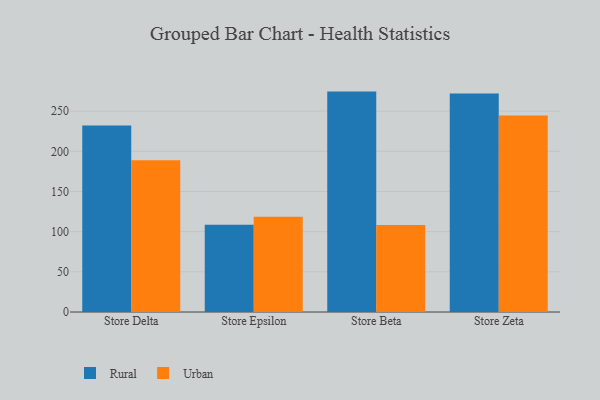
{"axis": {"x": "Store", "y": "Budget (USD K)"}, "legend": ["Rural", "Urban"], "data": [{"x": "Store Delta", "y": 232.0, "type": "Rural"}, {"x": "Store Delta", "y": 188.9, "type": "Urban"}, {"x": "Store Epsilon", "y": 108.5, "type": "Rural"}, {"x": "Store Epsilon", "y": 118.4, "type": "Urban"}, {"x": "Store Beta", "y": 274.3, "type": "Rural"}, {"x": "Store Beta", "y": 108.3, "type": "Urban"}, {"x": "Store Zeta", "y": 272.0, "type": "Rural"}, {"x": "Store Zeta", "y": 244.6, "type": "Urban"}]}